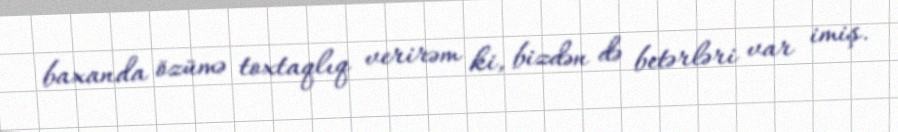
baxanda özümə toxtaqlıq verirəm ki, bizdən də betərləri var imiş.